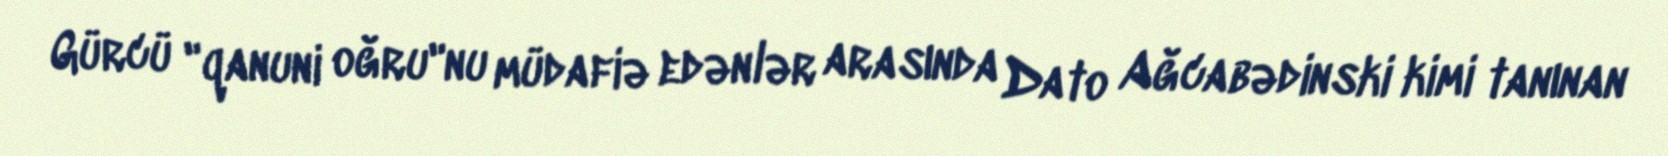
Gürcü "qanuni oğru"nu müdafiə edənlər arasında Dato Ağcabədinski kimi tanınan